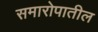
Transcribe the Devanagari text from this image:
समारोपातील